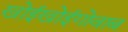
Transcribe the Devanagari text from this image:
खोईखोईगोवाब